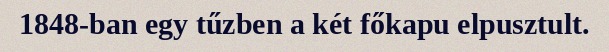
1848-ban egy tűzben a két főkapu elpusztult.